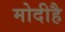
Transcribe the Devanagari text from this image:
मोदीहै